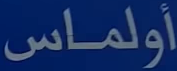
أولماس